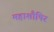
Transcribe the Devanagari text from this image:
महाशौषिर